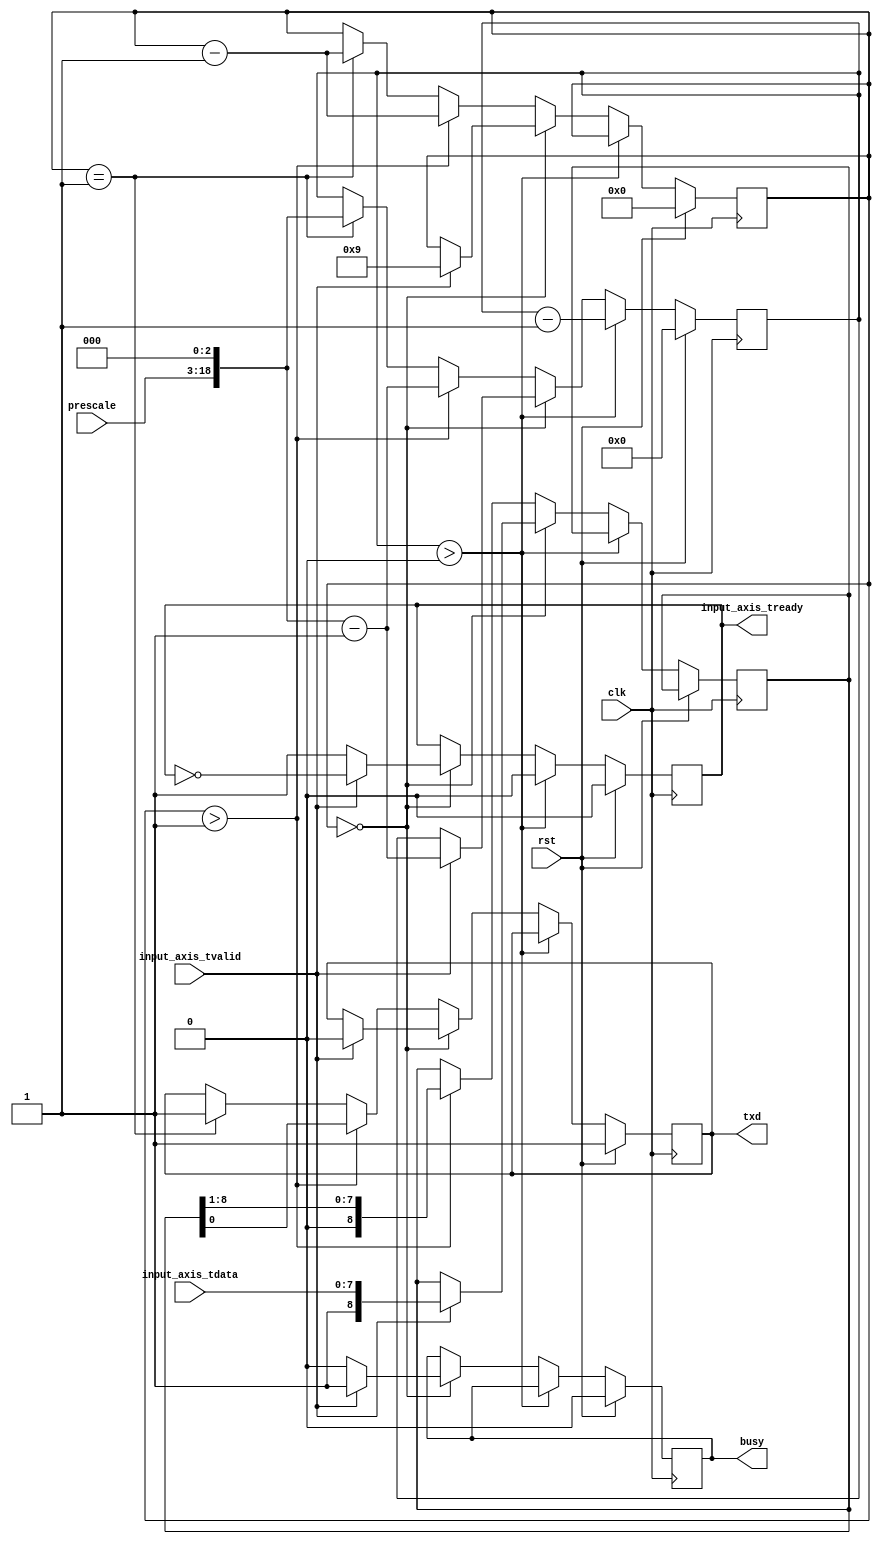
/*

Copyright (c) 2014-2016 Alex Forencich

Permission is hereby granted, free of charge, to any person obtaining a copy
of this software and associated documentation files (the "Software"), to deal
in the Software without restriction, including without limitation the rights
to use, copy, modify, merge, publish, distribute, sublicense, and/or sell
copies of the Software, and to permit persons to whom the Software is
furnished to do so, subject to the following conditions:

The above copyright notice and this permission notice shall be included in
all copies or substantial portions of the Software.

THE SOFTWARE IS PROVIDED "AS IS", WITHOUT WARRANTY OF ANY KIND, EXPRESS OR
IMPLIED, INCLUDING BUT NOT LIMITED TO THE WARRANTIES OF MERCHANTABILITY
FITNESS FOR A PARTICULAR PURPOSE AND NONINFRINGEMENT. IN NO EVENT SHALL THE
AUTHORS OR COPYRIGHT HOLDERS BE LIABLE FOR ANY CLAIM, DAMAGES OR OTHER
LIABILITY, WHETHER IN AN ACTION OF CONTRACT, TORT OR OTHERWISE, ARISING FROM,
OUT OF OR IN CONNECTION WITH THE SOFTWARE OR THE USE OR OTHER DEALINGS IN
THE SOFTWARE.

*/

// Language: Verilog 2001

`timescale 1ns / 1ps

/*
 * AXI4-Stream UART
 */
module uart_tx #
(
    parameter DATA_WIDTH = 4'd8
)
(
    input  wire                   clk,
    input  wire                   rst,

    /*
     * AXI input
     */
    input  wire [DATA_WIDTH-1:0]  input_axis_tdata,
    input  wire                   input_axis_tvalid,
    output wire                   input_axis_tready,

    /*
     * UART interface
     */
    output wire                   txd,

    /*
     * Status
     */
    output wire                   busy,

    /*
     * Configuration
     */
    input  wire [15:0]            prescale
);

reg input_axis_tready_reg = 0;

reg txd_reg = 1;

reg busy_reg = 0;

reg [DATA_WIDTH:0] data_reg = 0;
reg [18:0] prescale_reg = 0;
reg [3:0] bit_cnt = 0;

assign input_axis_tready = input_axis_tready_reg;
assign txd = txd_reg;

assign busy = busy_reg;

always @(posedge clk) begin
    if (rst) begin
        input_axis_tready_reg <= 0;
        txd_reg <= 1;
        prescale_reg <= 0;
        bit_cnt <= 0;
        busy_reg <= 0;
    end else begin
        if (prescale_reg > 0) begin
            input_axis_tready_reg <= 0;
            prescale_reg <= prescale_reg - 1'd1;
        end else if (bit_cnt == 0) begin
            input_axis_tready_reg <= 1;
            busy_reg <= 0;

            if (input_axis_tvalid) begin
                input_axis_tready_reg <= ~input_axis_tready_reg;
                prescale_reg <= (prescale << 3)-1'd1;
                bit_cnt <= DATA_WIDTH+1'd1;
                data_reg <= {1'd1, input_axis_tdata};
                txd_reg <= 0;
                busy_reg <= 1;
            end
        end else begin
            if (bit_cnt > 1) begin
                bit_cnt <= bit_cnt - 1'd1;
                prescale_reg <= (prescale << 3)-1'd1;
                {data_reg, txd_reg} <= {1'b0, data_reg};
            end else if (bit_cnt == 1) begin
                bit_cnt <= bit_cnt - 1'd1;
                prescale_reg <= (prescale << 3);
                txd_reg <= 1;
            end
        end
    end
end

endmodule